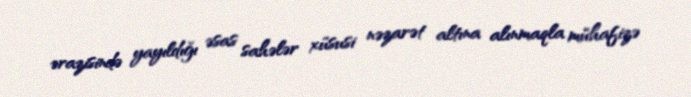
ərazisində yayıldığı əsas sahələr xüsusi nəzarət altına alınmaqla mühafizə